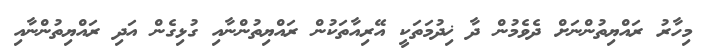
މިހާރު ރައްޔިތުންނަށް ދެވެމުން ދާ ޚިދުމަތަކީ އޭރިއާތަކުން ރައްޔިތުންނާއި ގުޅިގެން އަދި ރައްޔިތުންނާއި